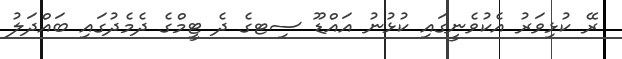
ރޭ ކުޅިވަރު އެކުވެނީގައި ކުޅުނު އައްޑޫ ސިޓގެ ދެ ޓީމްގެ ދެމެދުގައި ބައްދަލު